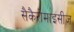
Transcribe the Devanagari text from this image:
सैकैरोमाइसीज